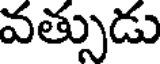
వత్సుడు